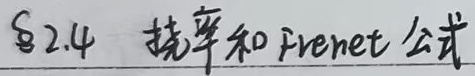
§2.4 挠率和 Frenet 公式